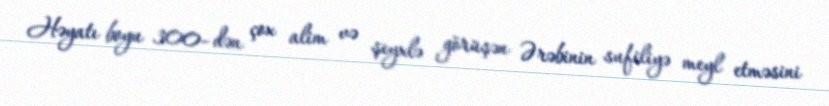
Həyatı boyu 300–dən çox alim və şeyxlə görüşən Ərəbinin sufiliyə meyl etməsini